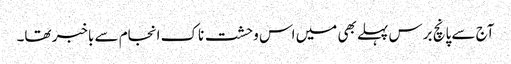
آج سے پانچ برس پہلے بھی میں اس وحشت ناک انجام سے باخبر تھا۔